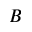
B